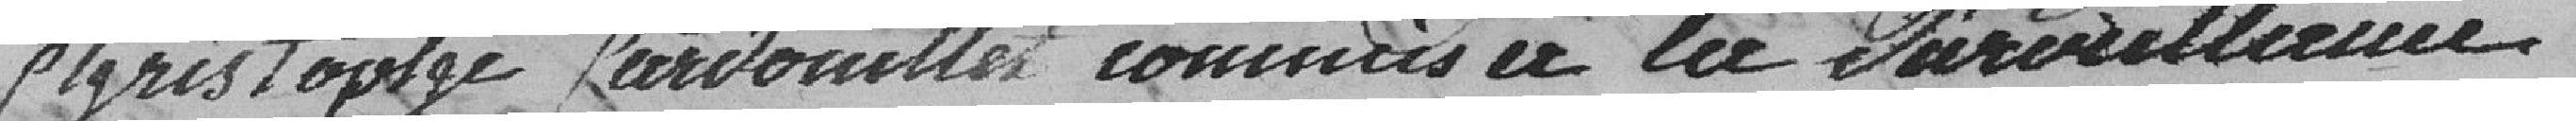
Christophe Fardouillet commis en la surveillance